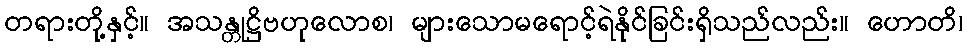
တရားတို့နှင့်။ အသန္တုဋ္ဌိဗဟုလောစ၊ များသောမရောင့်ရဲနိုင်ခြင်းရှိသည်လည်း။ ဟောတိ၊